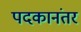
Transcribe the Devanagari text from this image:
पदकानंतर